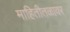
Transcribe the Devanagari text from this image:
माहितीतळावर